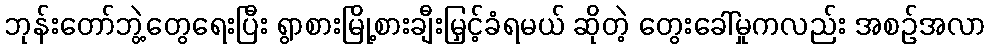
ဘုန်းတော်ဘွဲ့တွေရေးပြီး ရွာစားမြို့စားချီးမြှင့်ခံရမယ် ဆိုတဲ့ တွေးခေါ်မှုကလည်း အစဉ်အလာ